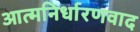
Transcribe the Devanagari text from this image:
आत्मनिर्धारणवाद